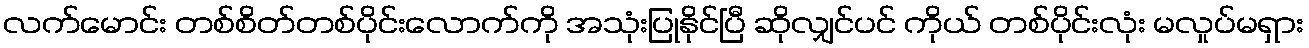
လက်မောင်း တစ်စိတ်တစ်ပိုင်းလောက်ကို အသုံးပြုနိုင်ပြီ ဆိုလျှင်ပင် ကိုယ် တစ်ပိုင်းလုံး မလှုပ်မရှား